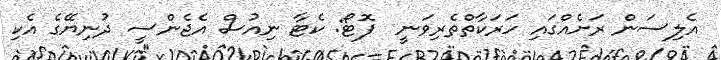
އެލިސަން ރަށެއްގައި ހަރަކާތްތެރިވަނީ  ފޮޓޯ: ކެޓާ ނިއުސް އެޖެންސީ ދުނިޔޭގެ އެކި